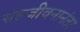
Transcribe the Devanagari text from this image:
सहजीवनानंतर